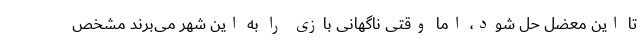
تا این معضل حل شود، اما وقتی ناگهانی بازی را به این شهر می‌برند مشخص